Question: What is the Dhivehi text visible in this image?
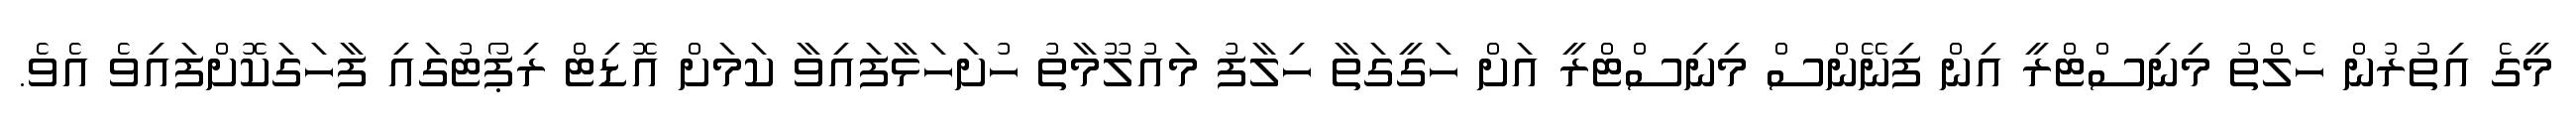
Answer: މީގެ އިތުރުން ހެލްތު މިނިސްޓްރީ އިން ފިނޭންސް މިނިސްޓްރީ އަށް ހަގީގަތާ ހިލާފު މައުލޫމާތު ހުށަހަޅާފައިވާ ކަމަށް އޮޑިޓް ރިޕޯޓުގައި ފާހަގަކޮށްފައިވެ އެވެ.